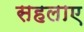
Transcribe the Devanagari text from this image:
सहलाए